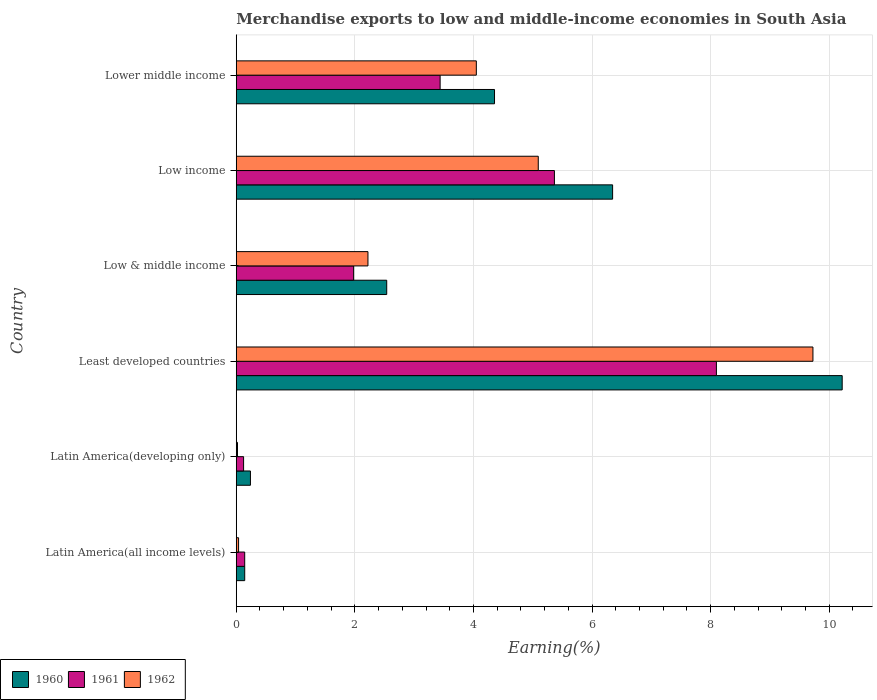
| Country | 1960 | 1961 | 1962 |
 | --- | --- | --- | --- |
 | Latin America(all income levels) | 0.143 | 0.142 | 0.0393 |
 | Latin America(developing only) | 0.239 | 0.124 | 0.021 |
 | Least developed countries | 10.2 | 8.1 | 9.73 |
 | Low & middle income | 2.54 | 1.98 | 2.22 |
 | Low income | 6.35 | 5.37 | 5.09 |
 | Lower middle income | 4.36 | 3.44 | 4.05 |